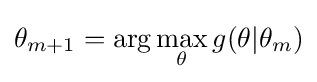
\theta _{m+1}=\arg \max _{\theta }g(\theta |\theta _{m})